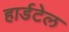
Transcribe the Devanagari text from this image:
हार्डटेल